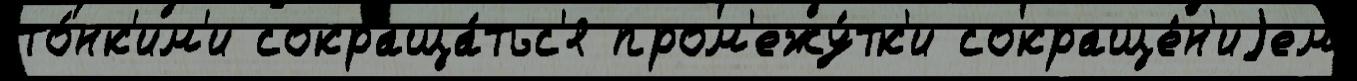
то́нк'им'и сокраща́тьс'я пром'ежу́тк'и сокраще́н'иjем